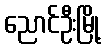
ညောင်ဦးမြို့